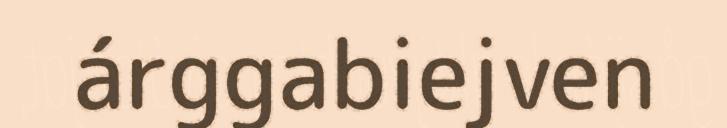
árggabiejven